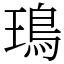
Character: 鳿